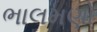
ભાલમણો